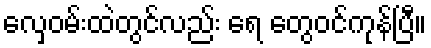
လှေဝမ်းထဲတွင်လည်း ရေ တွေဝင်ကုန်ပြီ။